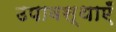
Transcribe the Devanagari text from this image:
उपावस्थाएँ